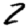
Digit: 2